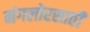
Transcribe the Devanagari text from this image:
मंगलोरसाठी